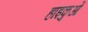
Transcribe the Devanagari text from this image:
हाइकुओं